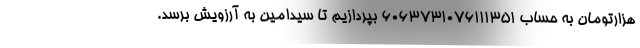
هزارتومان به حساب ۶۰۶۳۷۳۱۰۷۶۱۱۱۳۵۱ بپردازیم تا سیدامین به آرزویش برسد.